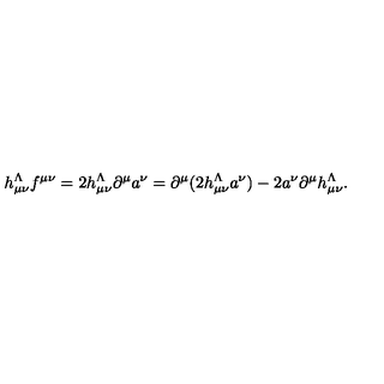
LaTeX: h _ { \mu \nu } ^ { \Lambda } f { } ^ { \mu \nu } = 2 h _ { \mu \nu } ^ { \Lambda } \partial ^ { \mu } a ^ { \nu } = \partial ^ { \mu } ( 2 h _ { \mu \nu } ^ { \Lambda } a ^ { \nu } ) - 2 a ^ { \nu } \partial ^ { \mu } h _ { \mu \nu } ^ { \Lambda } .